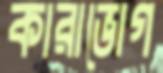
কারাভোগ